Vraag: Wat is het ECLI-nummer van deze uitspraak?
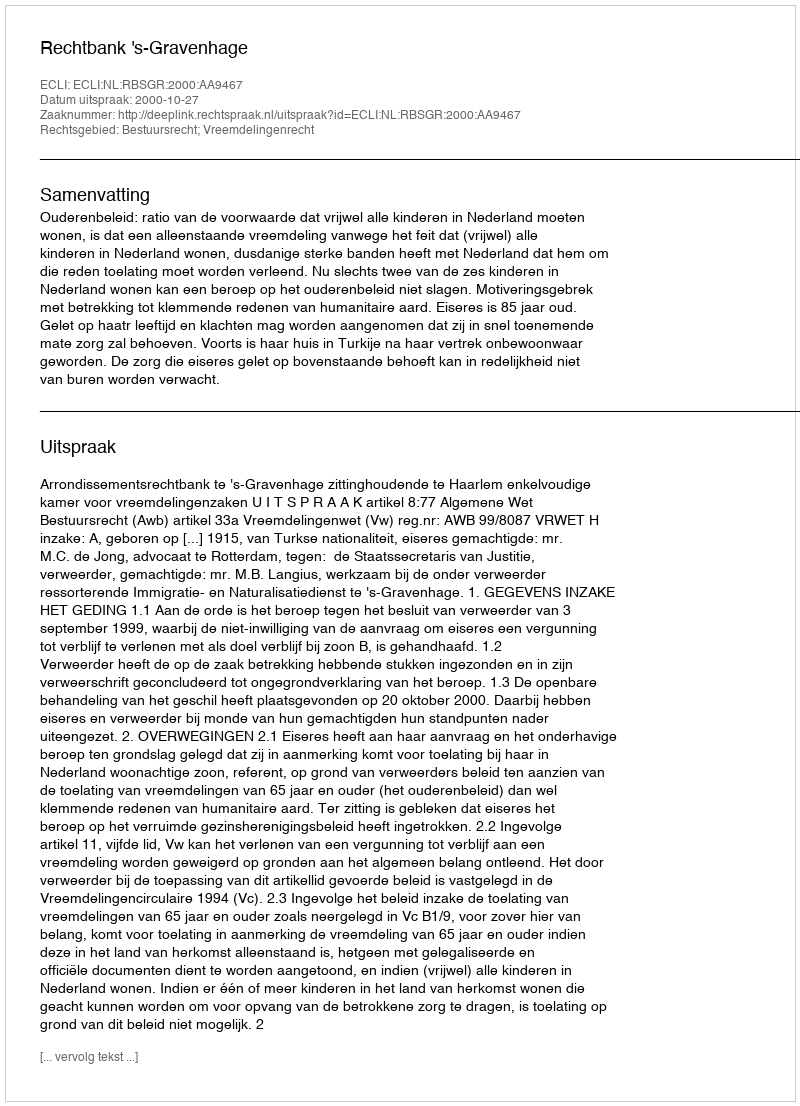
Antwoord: ECLI:NL:RBSGR:2000:AA9467